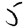
Digit: 5